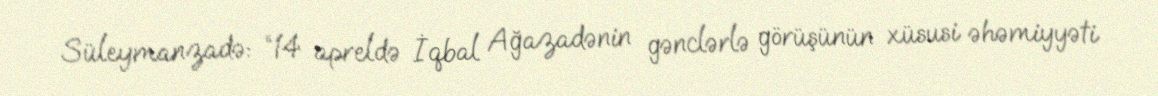
Süleymanzadə: “14 apreldə İqbal Ağazadənin gənclərlə görüşünün xüsusi əhəmiyyəti